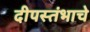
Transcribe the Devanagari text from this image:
दीपस्तंभाचे